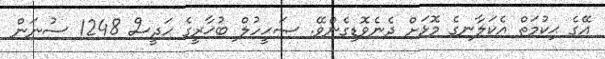
އޭގެ ޙިކުމަތް އެކަލާނގެ މޮޅަށް ދެނެވޮޑިގެންވޭ. ޞަޙީހުލް ބުޚާރީގެ ޙަދީސް 1248 ސުނަން